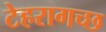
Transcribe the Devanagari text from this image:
टेहरागच्छ